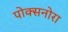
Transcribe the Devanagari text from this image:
पोक्सनोरा